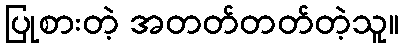
ပြုစားတဲ့ အတတ်တတ်တဲ့သူ။